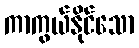
ကာကွယ်နိုင်သော